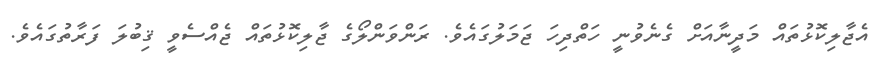
އެޖާލިކޮޅުތައް މަދީނާއަށް ގެނެވުނީ ހަތްދިހަ ޖަމަލުގައެވެ. ރަންވަންލޯގެ ޖާލިކޮޅުތައް ޖެއްސެވީ ޤިބުލަ ފަރާތުގައެވެ.